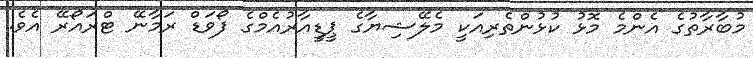
މުބާރާތުގެ އެންމެ މޮޅު ކުޅުންތެރިއަކީ މެލޭޝިޔާގެ ޕީޑީއާރުއެމްގެ ފޯވަޑް ރަމާނޭ ޓްރައޯރޭ އެވެ.